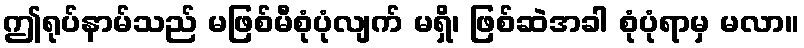
ဤရုပ်နာမ်သည် မဖြစ်မီစုံပုံလျက် မရှိ၊ ဖြစ်ဆဲအခါ စုံပုံရာမှ မလာ။